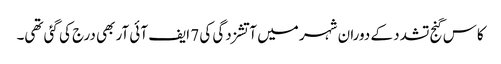
کاس گنج تشدد کے دوران شہر میں آتشزدگی کی 7 ایف آئی آر بھی درج کی گئی تھی۔